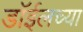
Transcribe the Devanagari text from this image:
डाॅईलच्या